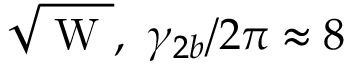
\sqrt { \mathrm { ~ W ~ } } , ~ \gamma _ { 2 b } / 2 \pi \approx 8